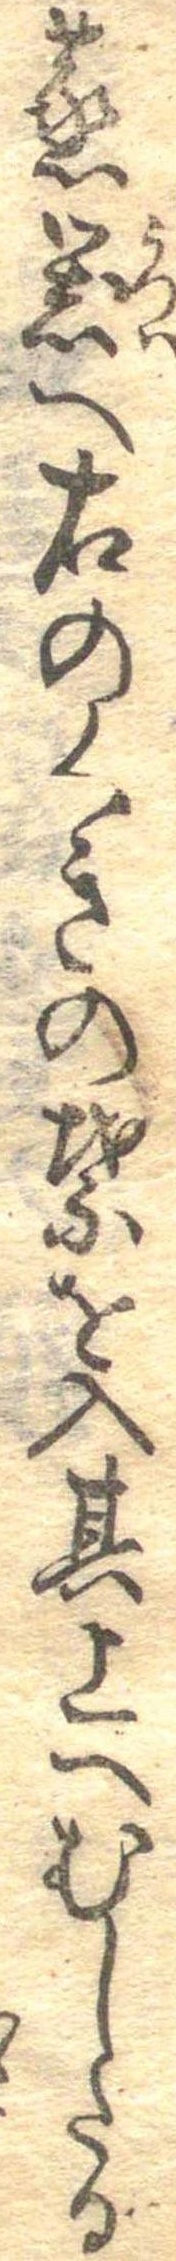
蒸器へ右のくきの葉を入其上へむしたる